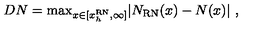
D N = \mathrm { m a x } _ { x \in [ x _ { h } ^ { \mathrm { R N } } , \infty ] } \vert N _ { \mathrm { R N } } ( x ) - N ( x ) \vert \ ,